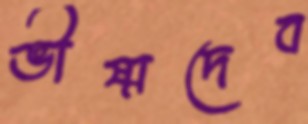
ভীষ্মদেব